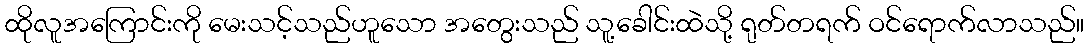
ထိုလူအကြောင်းကို မေးသင့်သည်ဟူသော အတွေးသည် သူ့ခေါင်းထဲသို့ ရုတ်တရက် ဝင်ရောက်လာသည်။